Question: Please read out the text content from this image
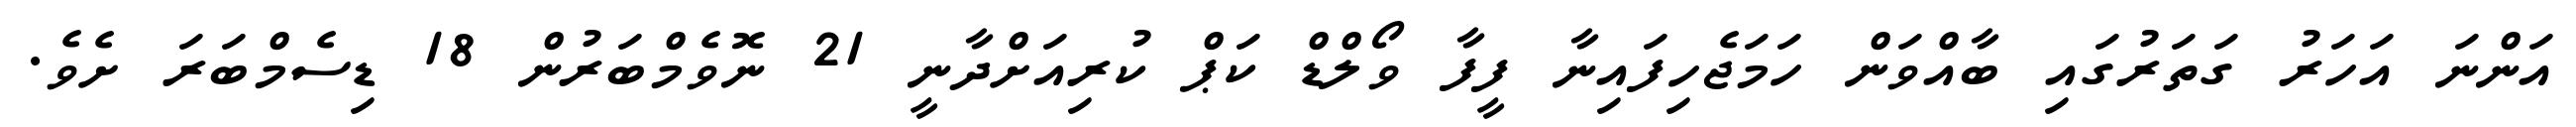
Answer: އަންނަ އަހަރު ގަތަރުގައި ބާއްވަން ހަމަޖެހިފައިނާ ފީފާ ވޯލްޑް ކަޕް ކުރިއަށްދާނީ 21 ނޮވެމްބަރުން 18 ޑިސެމްބަރަ ށެވެ.